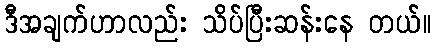
ဒီအချက်ဟာလည်း သိပ်ပြီးဆန်းနေ တယ်။